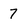
Character: 7